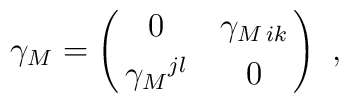
\gamma_M= \pmatrix{0 & \gamma_{M\,ik}\cr       \noalign{\vskip 1mm}       \gamma_M{}^{jl} & 0 \cr }\ ,